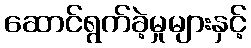
ဆောင်ရွက်ခဲ့မှုများနှင့်